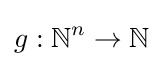
g:\mathbb {N} ^{n}\to \mathbb {N}